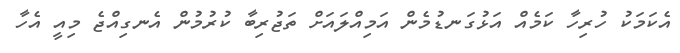
އެކަމަކު ހުރިހާ ކަމެއް އަޅުގަނޑުމެން އަމިއްލައަށް ތަޖުރިބާ ކުރުމުން އެނގިއްޖެ މިއީ އެހާ